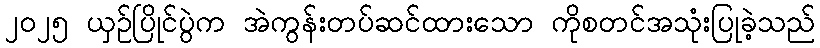
၂၀၂၅ ယှဉ်ပြိုင်ပွဲက အဲကွန်းတပ်ဆင်ထားသော ကိုစတင်အသုံးပြုခဲ့သည်